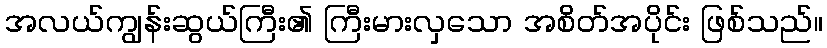
အလယ်ကျွန်းဆွယ်ကြီး၏ ကြီးမားလှသော အစိတ်အပိုင်း ဖြစ်သည်။